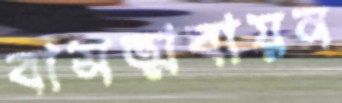
বাসত্মবায়ন